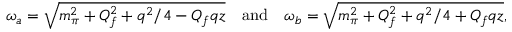
\omega _ { a } = \sqrt { m _ { \pi } ^ { 2 } + Q _ { f } ^ { 2 } + q ^ { 2 } / 4 - Q _ { f } q z } \quad \mathrm { a n d } \quad \omega _ { b } = \sqrt { m _ { \pi } ^ { 2 } + Q _ { f } ^ { 2 } + q ^ { 2 } / 4 + Q _ { f } q z } ,